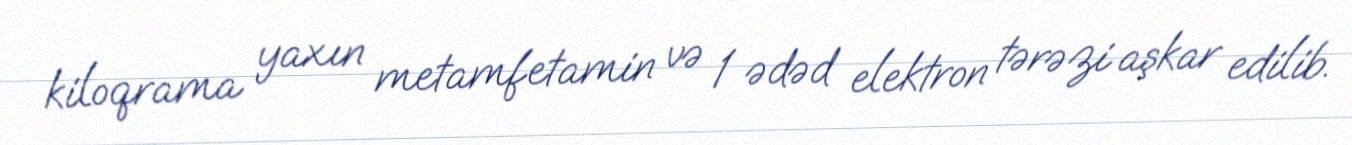
kiloqrama yaxın metamfetamin və 1 ədəd elektron tərəzi aşkar edilib.